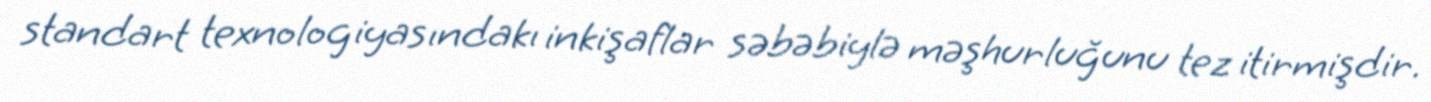
standart texnologiyasındakı inkişaflar səbəbiylə məşhurluğunu tez itirmişdir.